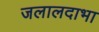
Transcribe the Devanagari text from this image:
जलालदाभा